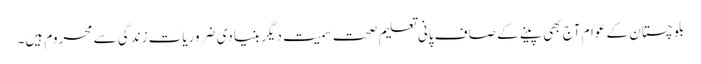
بلوچستان کے عوام آج بھی پینے کے صاف پانی تعلیم صحت سمیت دیگر بنیادی ضروریات زندگی سے محروم ہیں۔